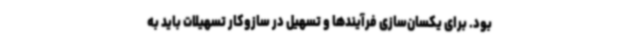
بود. برای یکسان‌سازی فرآیندها و تسهیل در سازوکار تسهیلات باید به